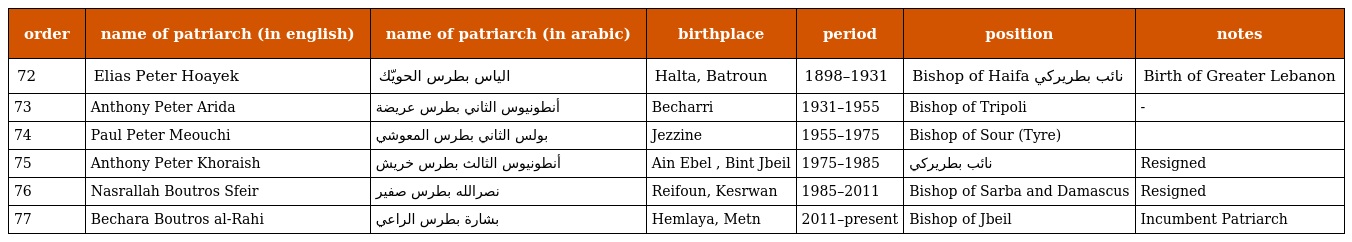
| order | name of patriarch (in english) | name of patriarch (in arabic) | birthplace | period | position | notes |
 | --- | --- | --- | --- | --- | --- | --- |
 | 72 | Elias Peter Hoayek | الياس بطرس الحويّك | Halta, Batroun | 1898–1931 | Bishop of Haifa نائب بطريركي | Birth of Greater Lebanon |
 | 73 | Anthony Peter Arida | أنطونيوس الثاني بطرس عريضة | Becharri | 1931–1955 | Bishop of Tripoli | - |
 | 74 | Paul Peter Meouchi | بولس الثاني بطرس المعوشي | Jezzine | 1955–1975 | Bishop of Sour (Tyre) |  |
 | 75 | Anthony Peter Khoraish | أنطونيوس الثالث بطرس خريش | Ain Ebel , Bint Jbeil | 1975–1985 | نائب بطريركي | Resigned |
 | 76 | Nasrallah Boutros Sfeir | نصرالله بطرس صفير | Reifoun, Kesrwan | 1985–2011 | Bishop of Sarba and Damascus | Resigned |
 | 77 | Bechara Boutros al-Rahi | بشارة بطرس الراعي | Hemlaya, Metn | 2011–present | Bishop of Jbeil | Incumbent Patriarch |